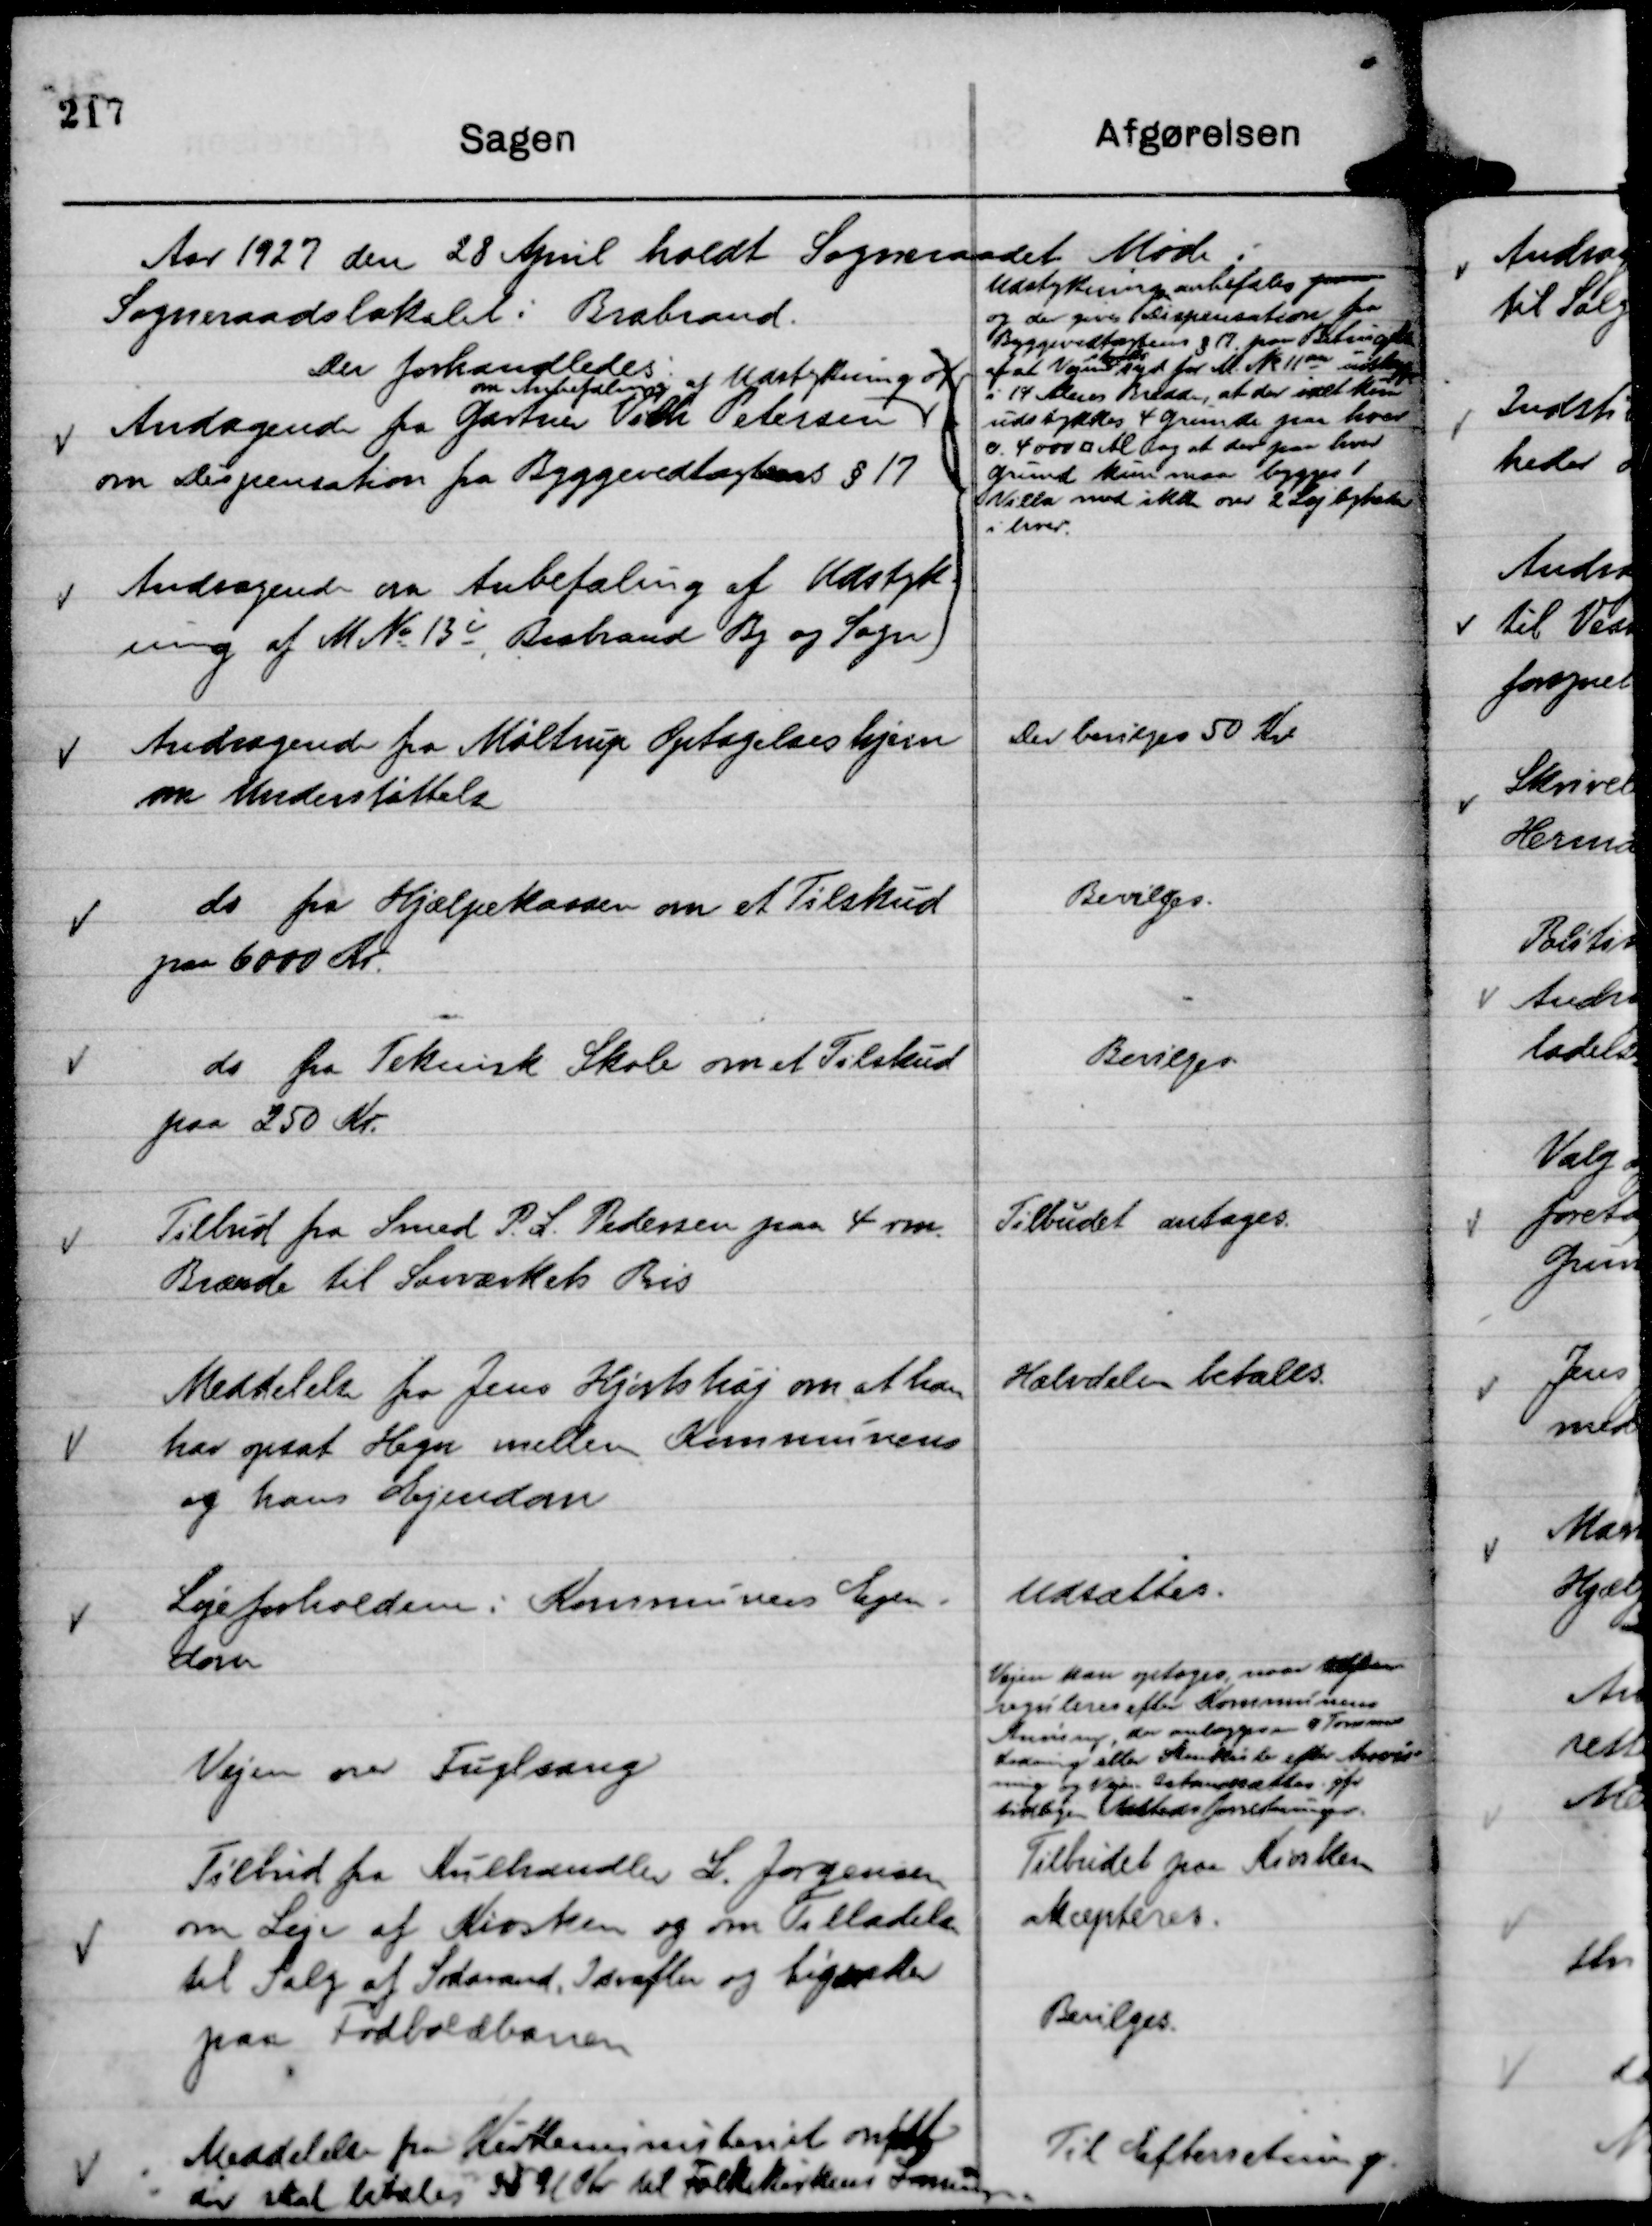
Transskription:
Aar 1927 den 28 April holdt Sogneraadet Møde i
Sogneraadslokalet i Brabrand.
Der forhandledes:

Andagende fra Gartner Vilh Petersen
om Anbefaling af Udstykning af
om Dispensation fra Byggevedtægtens § 17
Andragende om Anbefaling af Udstyk-
ning af M No 13 i Brabrand By og Sogn

Udstykningen anbefales paa
og der gives Dispensation fra
Byggevedtægtens § 17 paa Betingelse
af at Vejen
straks
syd for M. No 11 m udbygges
i 14 Alens Bredde, at der ialt kun
udstykkes 4 Grunde paa hver
c. 4000 □ Al og at der paa hver
Grund kun maa bygges 1
Villa med ikke over 2 Lejligheder
i hver.

Andragende fra Møltrup Optagelseshjem
om Understøttels

Der bevilges 50 Kr

do fra Hjælpekassen om et Tilskud
paa 6000 Kr.

Bevilges.

do fra Teknisk Skole om et Tilskud
paa 250 Kr.

Bevilges.

Tilbud fra Smed P. L. Pedersen paa 4 rm.
Brænde til Savværkets Pris

Tilbudet antages.

Meddelelse fra Jens Hjortshøj om at han
har opsat Hegn mellem Kommunens
og hans Ejendom

Halvdelen betales.

Lejeforholdene i Kommunens Ejen-
dom

Udsættes.

Vejen til Fuglsang

Vejen kan optages naar den
reguleres efter Kommunens
Anvisning, der omlægges 9 Tommer
Ledning eller Stenkister efter Anvis-
ning og Vejen Istandsættes jvf
tidligere Aastedsforretninger.

Tilbud fra Kulhandler L. Jørgensen
om Leje af Kiosken og om Tilladelse
til Salg af Sodavand, Isvafler og Cigaretter
paa Fodboldbanen

Tilbudet paa Kiosken
akcepteres.
Bevilges.

Meddelelse fra Kirkeministeriet om at
der skal betales 2591 Kr til Folkekirkens Lønninger

Til Efterretning.